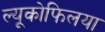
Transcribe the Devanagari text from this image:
ल्यूकोफिलया